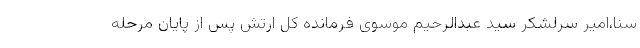
سنا،‌امیر سرلشکر سید عبدالرحیم موسوی فرمانده کل ارتش پس از پایان مرحله